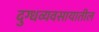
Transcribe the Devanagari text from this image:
दुग्धव्यवसायातील